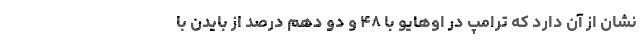
نشان از آن دارد که ترامپ در اوهایو با ۴۸ و دو دهم درصد از بایدن با